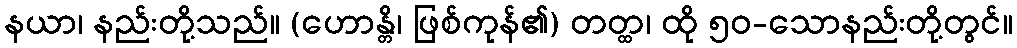
နယာ၊ နည်းတို့သည်။ (ဟောန္တိ၊ ဖြစ်ကုန်၏) တတ္ထ၊ ထို ၅၀-သောနည်းတို့တွင်။